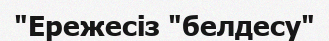
"Ережесіз "белдесу"